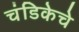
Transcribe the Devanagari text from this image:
चंडिकेचे